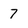
Character: 7